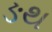
ઙથ